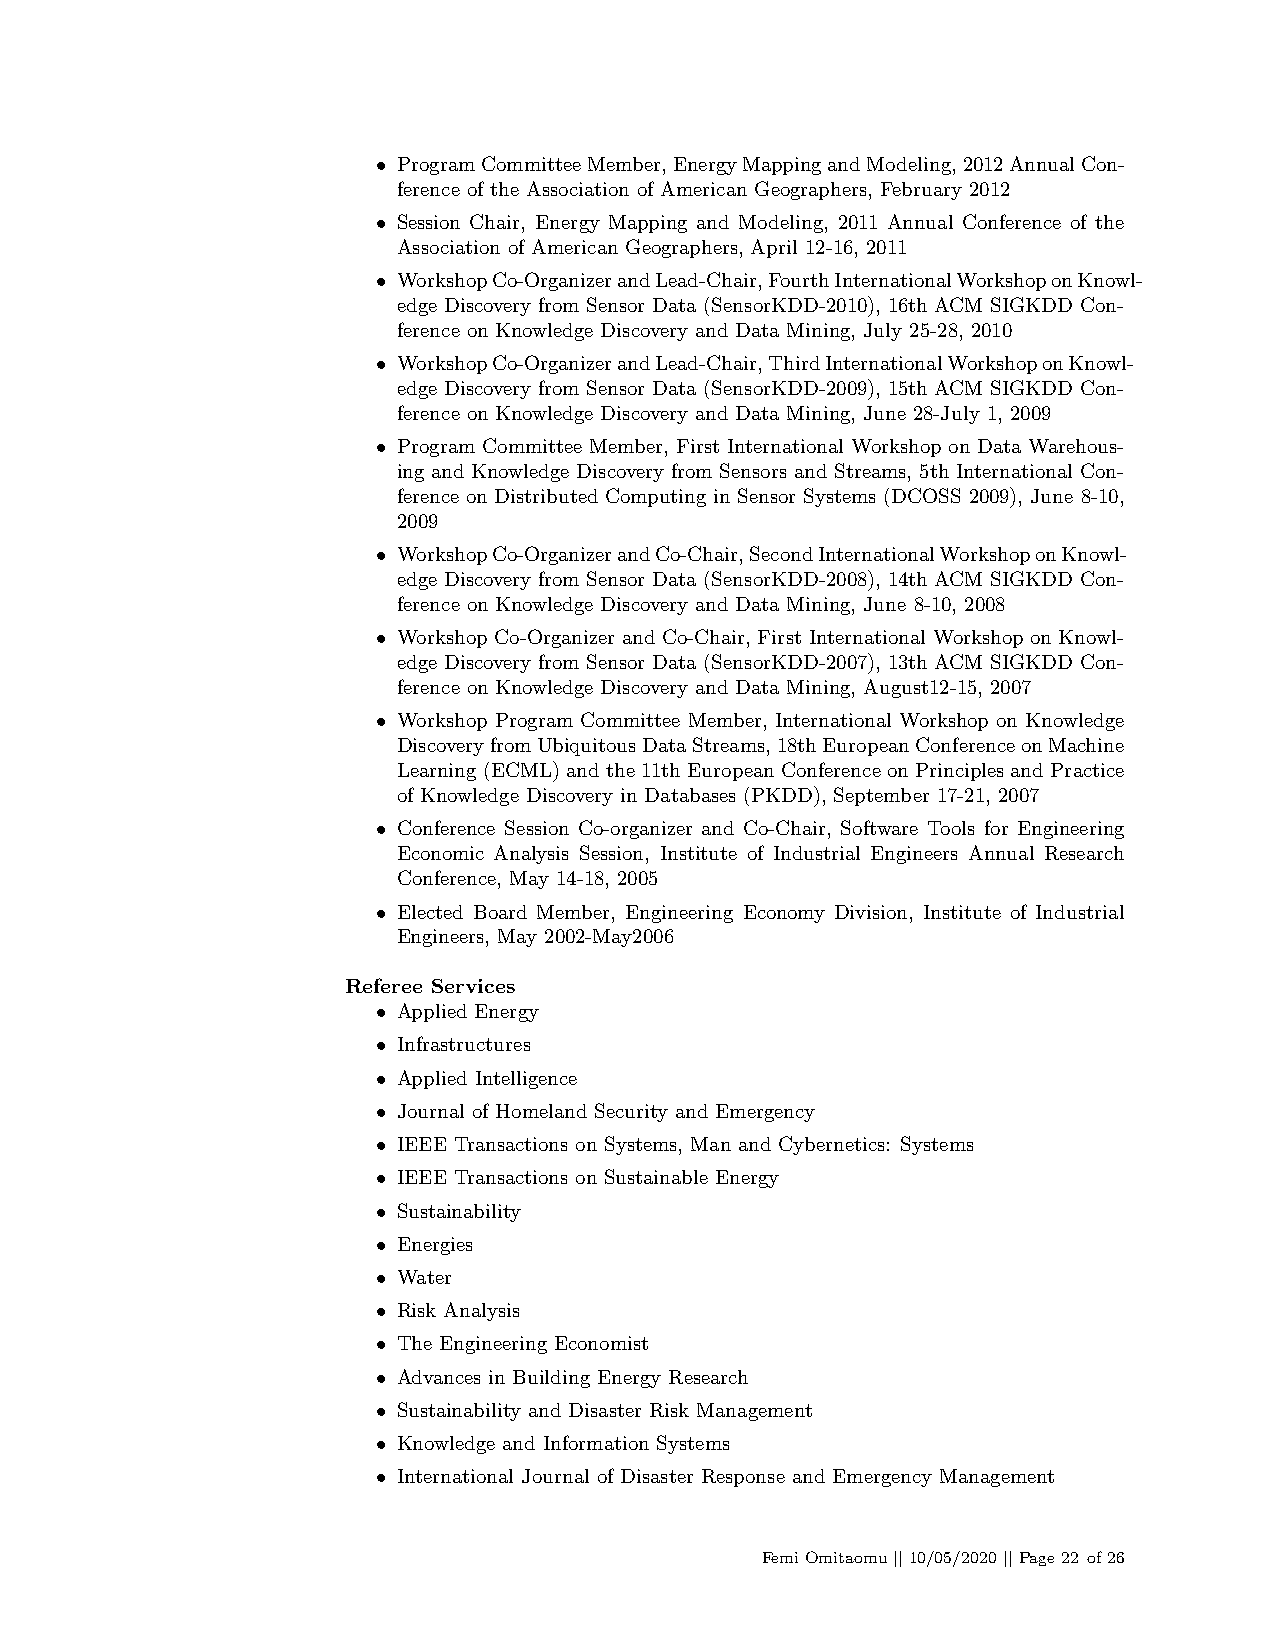
• ProgramCommitteeMember,EnergyMappingandModeling,2012AnnualCon-
 ference of the Association of American Geographers, February 2012
 • Session Chair, Energy Mapping and Modeling, 2011 Annual Conference of the
 Association of American Geographers, April 12-16, 2011
 • WorkshopCo-OrganizerandLead-Chair,FourthInternationalWorkshoponKnowl-
 edge Discovery from Sensor Data (SensorKDD-2010), 16th ACM SIGKDD Con-
 ference on Knowledge Discovery and Data Mining, July 25-28, 2010
 • WorkshopCo-OrganizerandLead-Chair,ThirdInternationalWorkshoponKnowl-
 edge Discovery from Sensor Data (SensorKDD-2009), 15th ACM SIGKDD Con-
 ference on Knowledge Discovery and Data Mining, June 28-July 1, 2009
 • Program Committee Member, First International Workshop on Data Warehous-
 ing and Knowledge Discovery from Sensors and Streams, 5th International Con-
 ference on Distributed Computing in Sensor Systems (DCOSS 2009), June 8-10,
 2009
 • WorkshopCo-OrganizerandCo-Chair,SecondInternationalWorkshoponKnowl-
 edge Discovery from Sensor Data (SensorKDD-2008), 14th ACM SIGKDD Con-
 ference on Knowledge Discovery and Data Mining, June 8-10, 2008
 • Workshop Co-Organizer and Co-Chair, First International Workshop on Knowl-
 edge Discovery from Sensor Data (SensorKDD-2007), 13th ACM SIGKDD Con-
 ference on Knowledge Discovery and Data Mining, August12-15, 2007
 • Workshop Program Committee Member, International Workshop on Knowledge
 DiscoveryfromUbiquitousDataStreams,18thEuropeanConferenceonMachine
 Learning(ECML)andthe11thEuropeanConferenceonPrinciplesandPractice
 of Knowledge Discovery in Databases (PKDD), September 17-21, 2007
 • Conference Session Co-organizer and Co-Chair, Software Tools for Engineering
 Economic Analysis Session, Institute of Industrial Engineers Annual Research
 Conference, May 14-18, 2005
 • Elected Board Member, Engineering Economy Division, Institute of Industrial
 Engineers, May 2002-May2006
 Referee Services
 • Applied Energy
 • Infrastructures
 • Applied Intelligence
 • Journal of Homeland Security and Emergency
 • IEEE Transactions on Systems, Man and Cybernetics: Systems
 • IEEE Transactions on Sustainable Energy
 • Sustainability
 • Energies
 • Water
 • Risk Analysis
 • The Engineering Economist
 • Advances in Building Energy Research
 • Sustainability and Disaster Risk Management
 • Knowledge and Information Systems
 • International Journal of Disaster Response and Emergency Management
 FemiOmitaomu||10/05/2020||Page22 of26